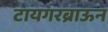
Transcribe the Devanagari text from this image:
टायगरब्राऊन